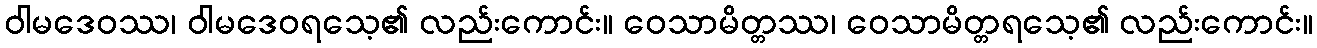
ဝါမဒေဝဿ၊ ဝါမဒေဝရသေ့၏ လည်းကောင်း။ ဝေသာမိတ္တဿ၊ ဝေသာမိတ္တရသေ့၏ လည်းကောင်း။